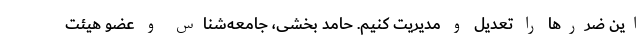
این ضررها را تعدیل و مدیریت کنیم. حامد بخشی، جامعه‌شناس و عضو هیئت